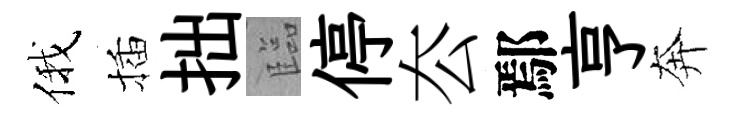
俄插拙臨停厺鄢亨奔